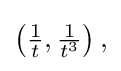
{\textstyle \left({\frac {1}{t}},{\frac {1}{t^{3}}}\right),}